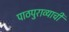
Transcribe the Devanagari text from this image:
पाठपुराव्याची